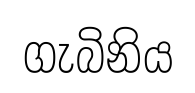
ගැබිනිය